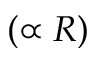
( \propto R )